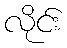
လိုင်း